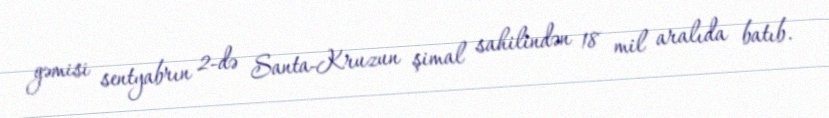
gəmisi sentyabrın 2-də Santa-Kruzun şimal sahilindən 18 mil aralıda batıb.